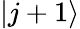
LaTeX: |j+1\rangle